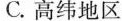
C.高纬地区